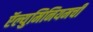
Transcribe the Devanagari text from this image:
ऍल्युमिनियमची